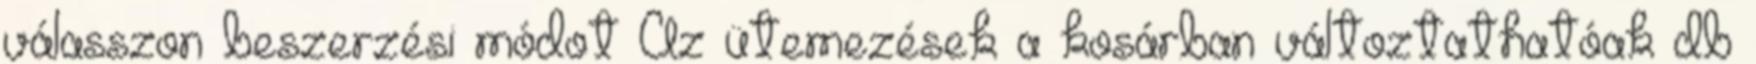
válasszon beszerzési módot Az ütemezések a kosárban változtathatóak db